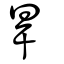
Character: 旱